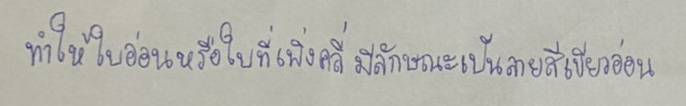
ทำให้ใบอ่อนหรือใบที่เพิ่งคลี่มีลักษณะเป็นลายสีเขียวอ่อน